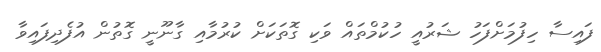
ފައިސާ ހިފުމަށްފަހު ޝަރުއީ ހުކުމްތައް ވަކި ގޮތަކަށް ކުރުމާއި ގާނޫނީ ގޮތުން އުފެދިފައިވާ